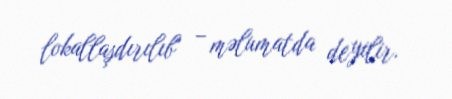
lokallaşdırılıb" – məlumatda deyilir.